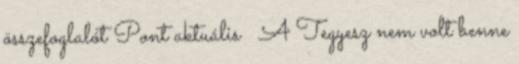
összefoglalót Pont aktuális 🙂 A Tegyesz nem volt benne